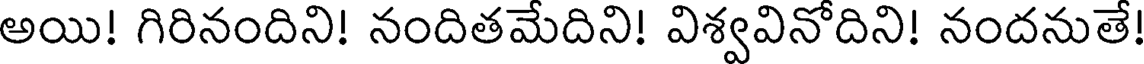
అయి! గిరినందిని! నందితమేదిని! విశ్వవినోదిని! నందనుతే!